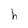
Character: h